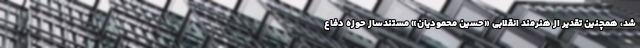
شد، همچنین تقدیر از هنرمند انقلابی «حسین محمودیان» مستندساز حوزه دفاع